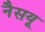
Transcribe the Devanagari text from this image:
नैसयू